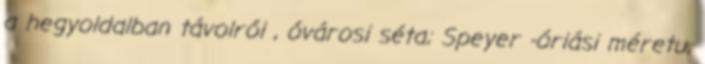
a hegyoldalban távolról , óvárosi séta; Speyer -óriási méretu,